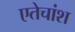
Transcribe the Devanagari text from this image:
एतेचांश